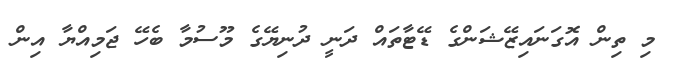
މި ތިން އޮގަނައިޒޭޝަންގެ ޑޭޓާތައް ދަނީ ދުނިޔޭގެ މޫސުމާ ބެހޭ ޖަމިއްޔާ އިން